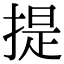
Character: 提